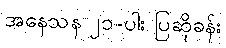
အနေသန ၂၁-ပါး ပြဆိုခန်း